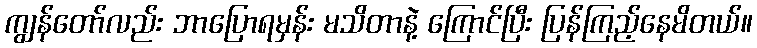
ကျွန်တော်လည်း ဘာပြောရမှန်း မသိတာနဲ့ ကြောင်ပြီး ပြန်ကြည့်နေမိတယ်။